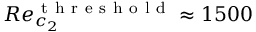
R e _ { c _ { 2 } } ^ { \mathrm { ~ t ~ h ~ r ~ e ~ s ~ h ~ o ~ l ~ d ~ } } \approx 1 5 0 0